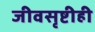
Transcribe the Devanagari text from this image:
जीवसृष्टीही